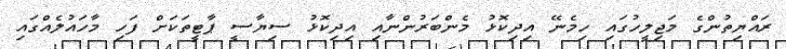
ރައްޔިތުންގެ މަޖިލީހުގައި ހިމެނޭ އިދިކޮޅު މެންބަރުންނާއި އިދިކޮޅު ސިޔާސީ ޕާޓީތަކަށް ފަހި މާހައުލެއްގައި